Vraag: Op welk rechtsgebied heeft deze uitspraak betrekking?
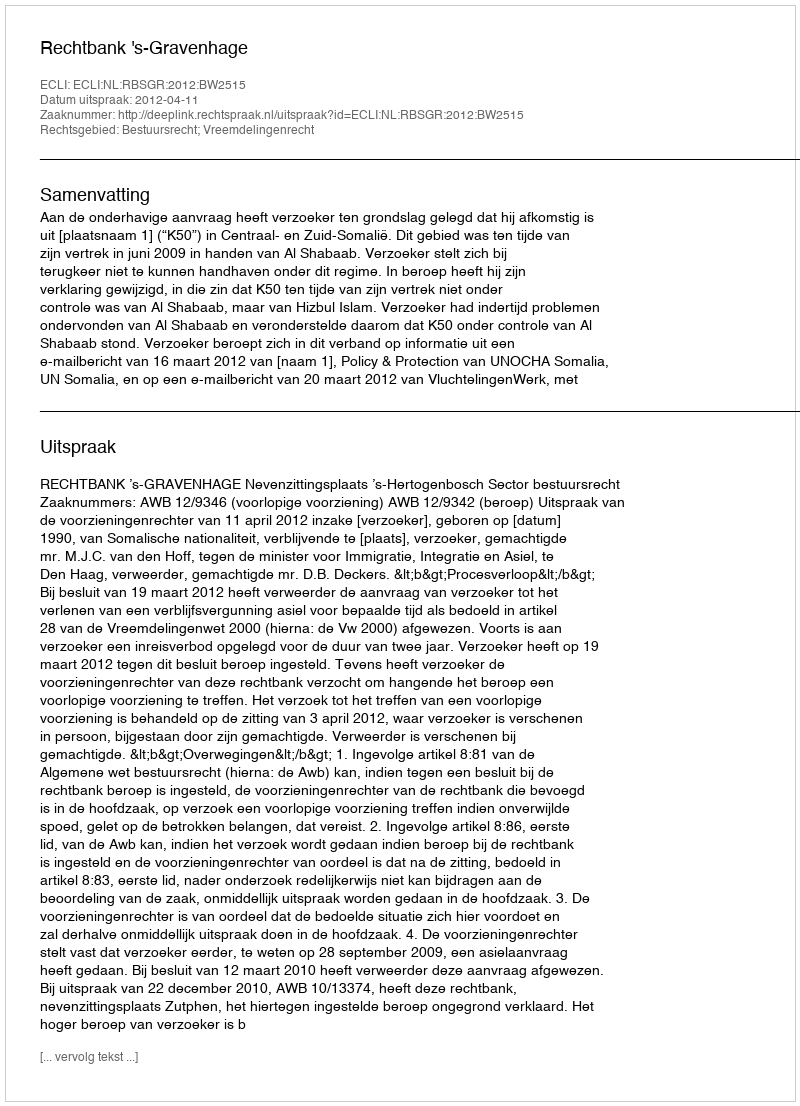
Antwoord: Bestuursrecht; Vreemdelingenrecht